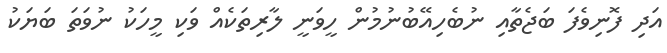
އަދި ފޮނިވެފަ ބަޖެތާއި ނުބެހިއޭބުނުމުން ހީވަނީ ލާރިތަކެއް ވަކި މީހަކު ނުވަތަ ބަޔަކު